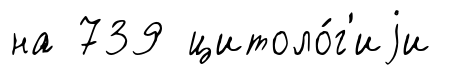
на 739 цитоло́г'иjи